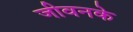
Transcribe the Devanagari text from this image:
जीवनके